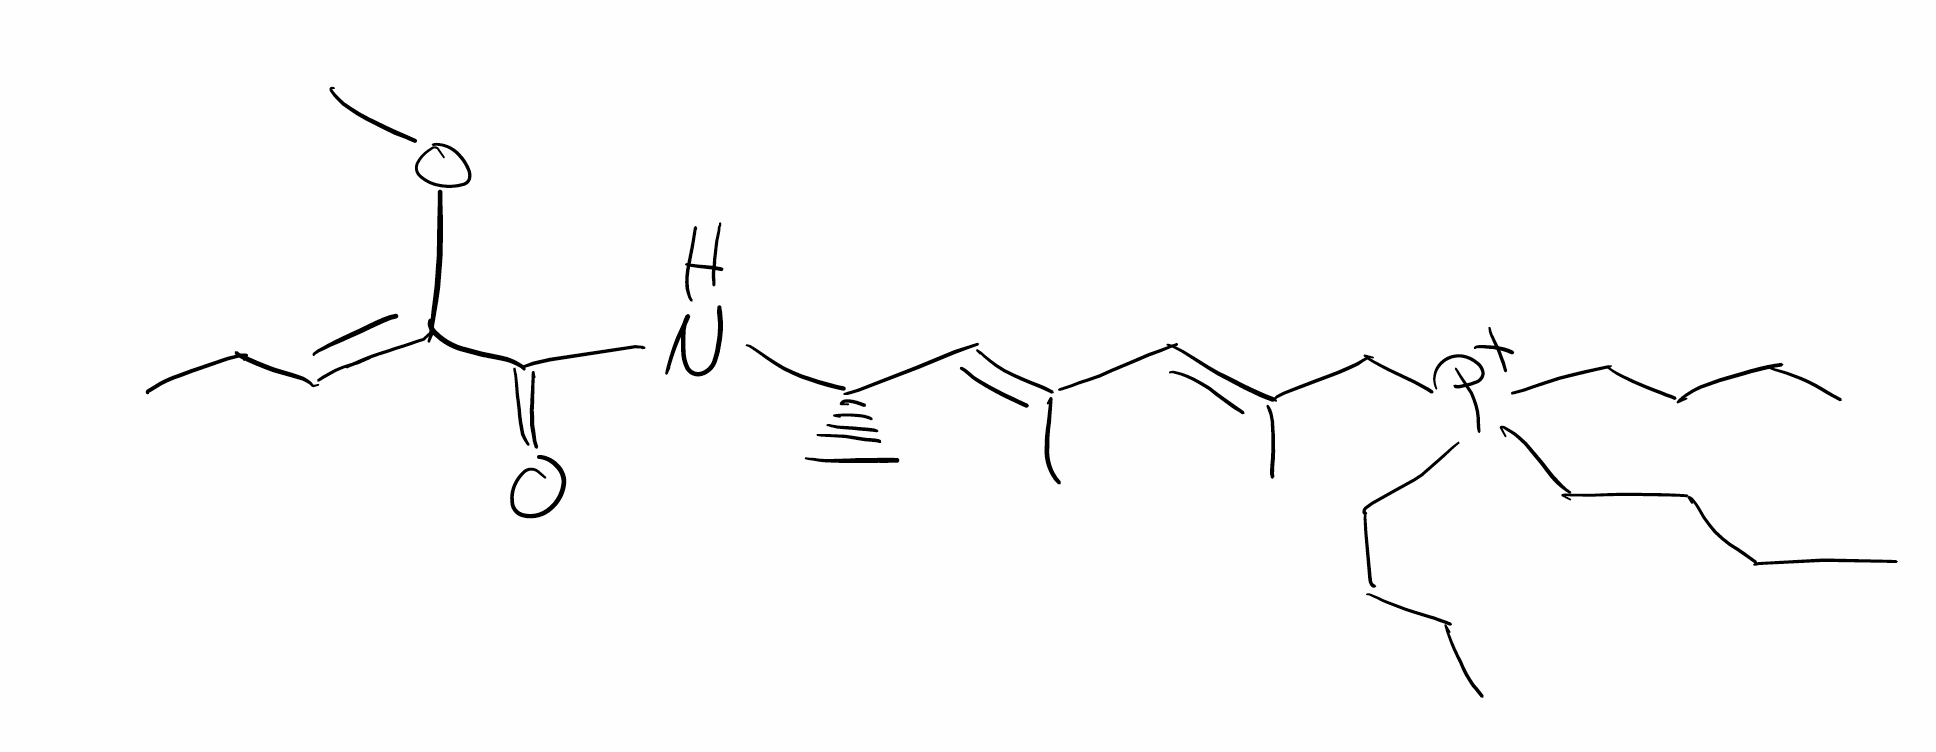
Simplified molecular-input line-entry system (SMILES) notation of the given molecule:
CCCC[P+](CCCC)(CCCC)C/C(=C/C(=C/[C@H](C)NC(=O)/C(=C/CC)/OC)/C)/C